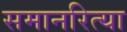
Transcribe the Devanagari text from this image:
समानरित्या